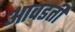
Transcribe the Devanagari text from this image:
आवडतीं